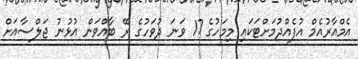
އެމްއާރުއެމް އުފެއްދުމަށްޓަކައި މިމަހުގެ 17 ވަނަ ދުވަހުގެ ރޭ ބާއްވަން އުޅުނު ޖަލްސާއަށް